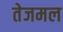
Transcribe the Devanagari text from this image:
तेजमल